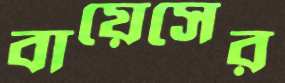
বায়েসের